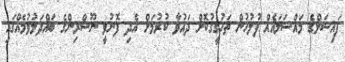
ފައިސަލްގެ މައްސަލައެއް ފުލުހުން ތަހުގީގުކޮށް ދައުވާ ކުރުމަށް އެދި ފޮނުވީ ނޫސްރިންގެ ބައްދަލުވުމެއްގައި